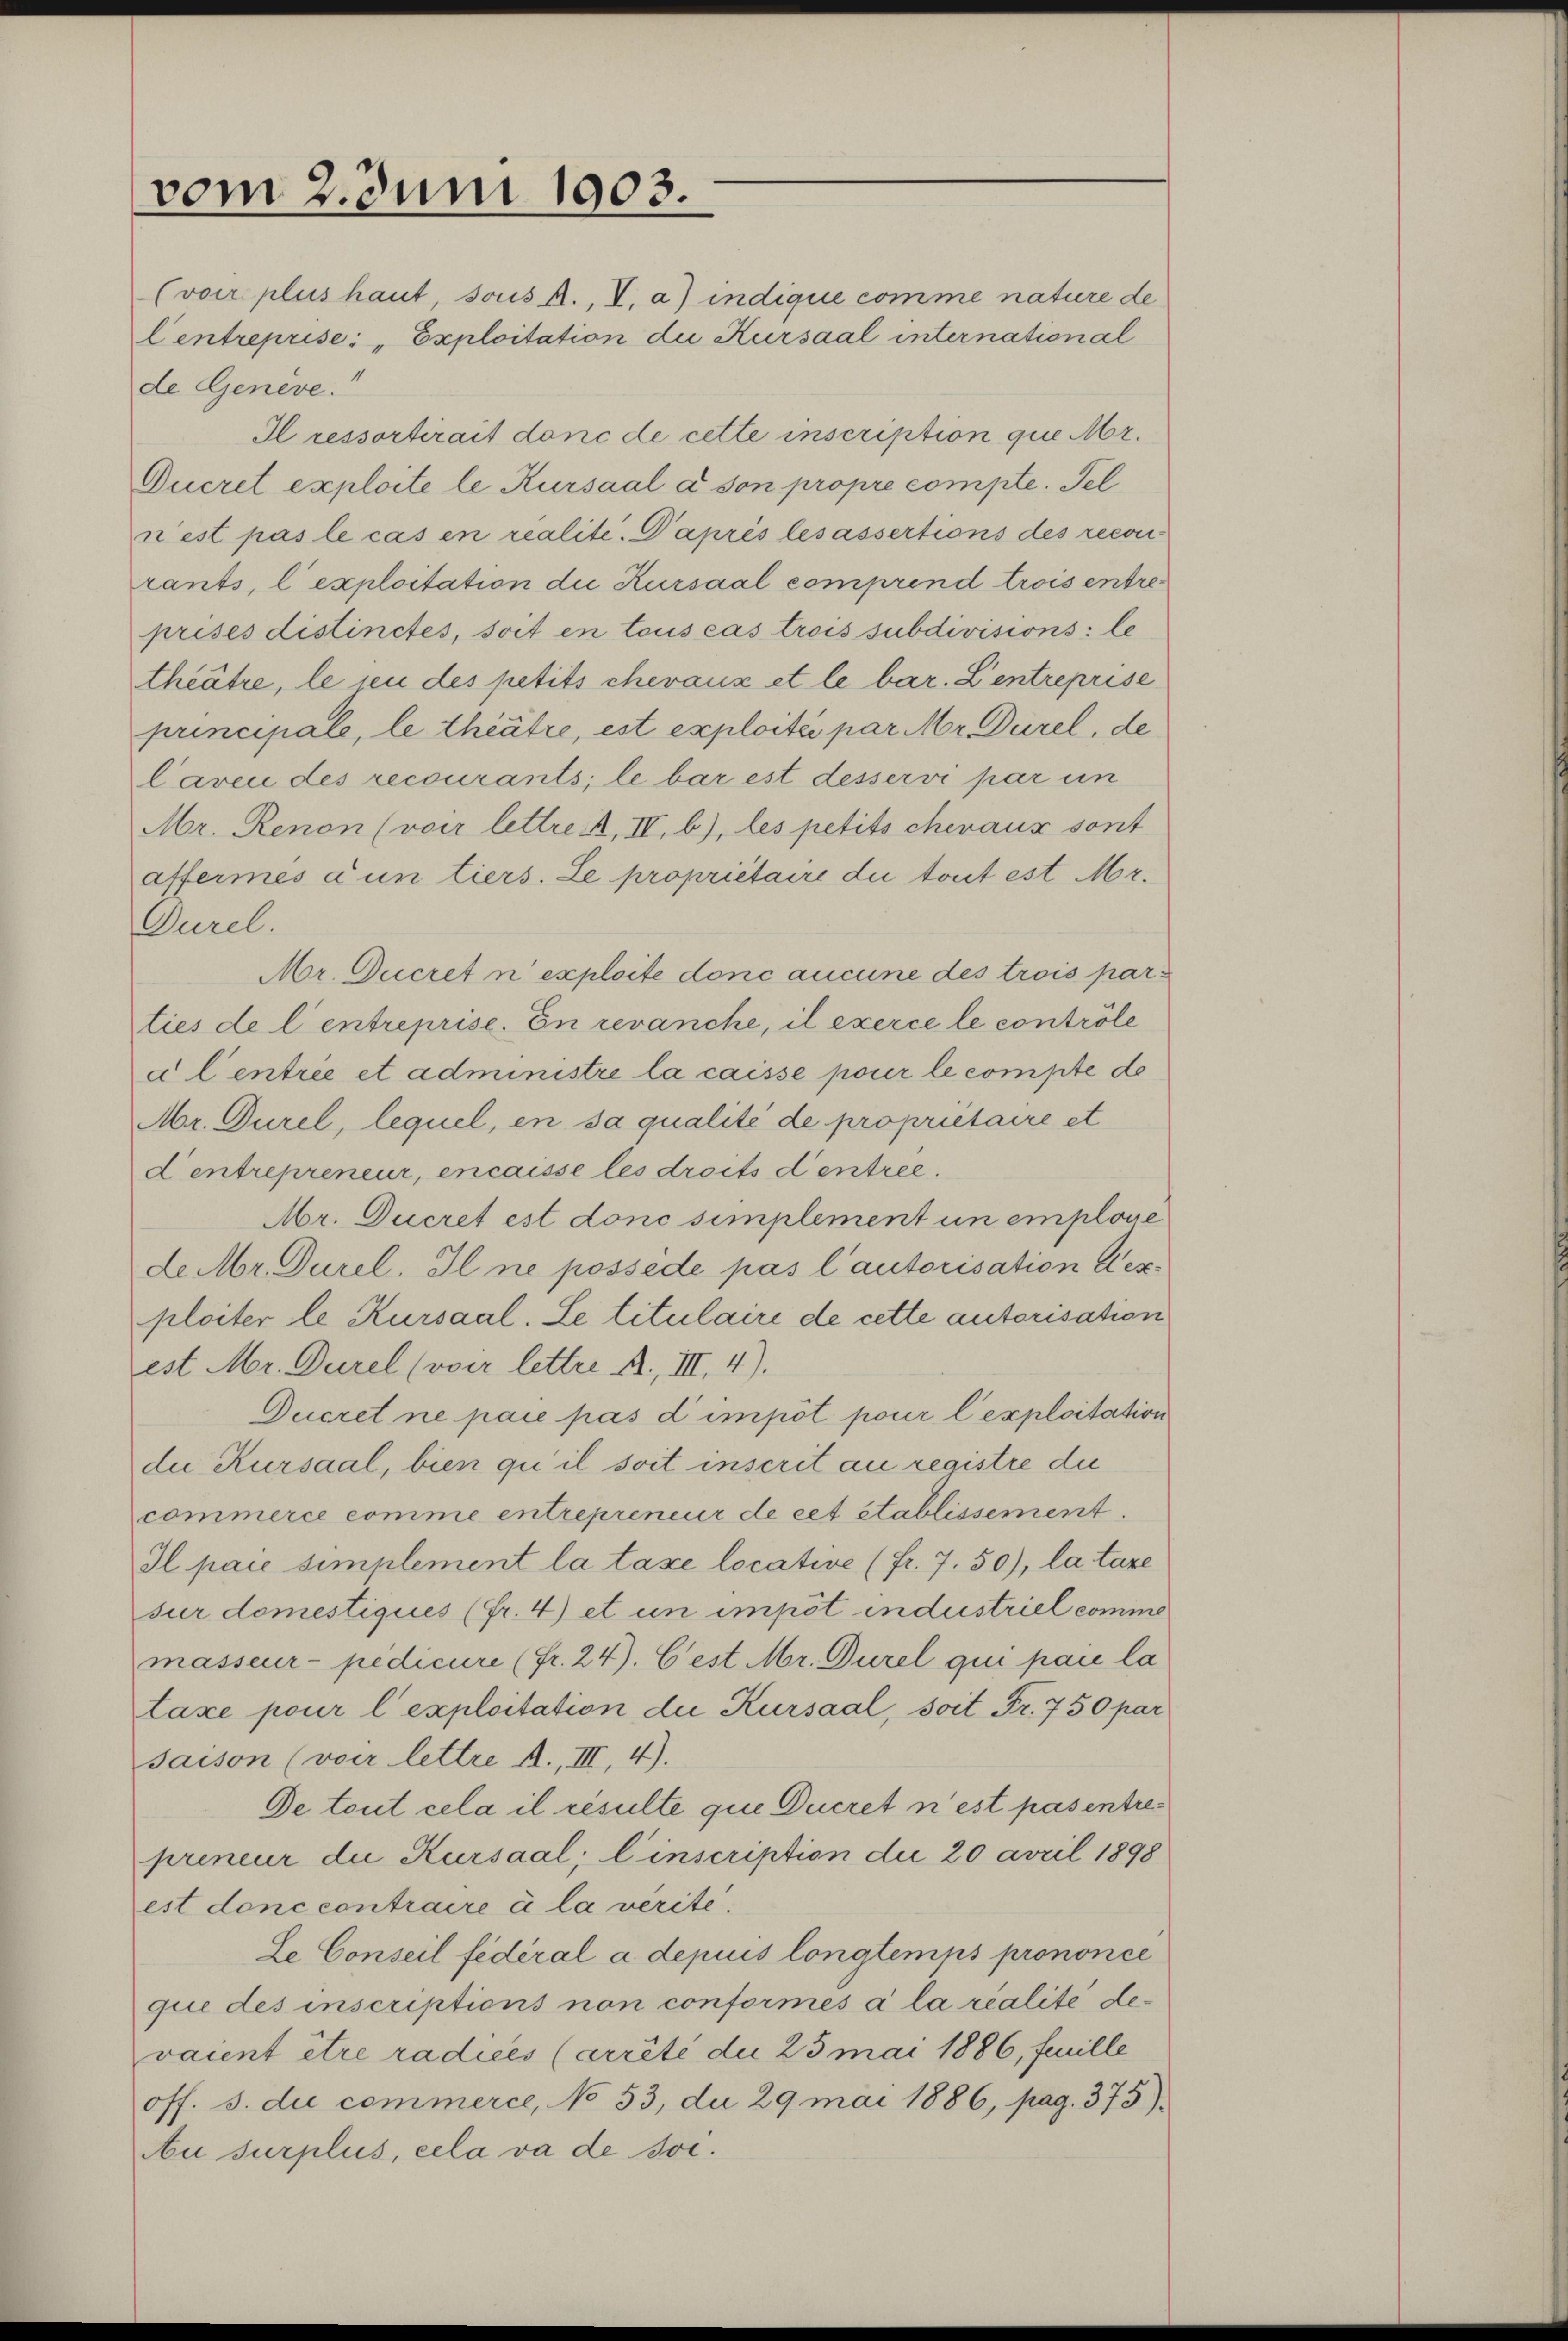
vom 2. Juni 1903.

Centreprise: „Exploitation die Kursaal international
de Geneve.“
Il ressortirait donc de cette inscription que Mr.
Ducret exploite le Kursaal à son propre compte. Fel
nest pas le cas en realite. Daprès lesassertions des recon
rants, l’exploitation die Kursaal comprend trois entre
prises distinctes, soit en tous cas trois subdivisions: le
theätre, le sei des petits chevaux et le bar. Zentreprise
principale, le thiätre, est exploité par Mr. Durel, de
laven des recourants; le bar est desservi par un
Mr. Renon (voir lettre f. IV. b), les petits chevaux sont
affermes d’un tiers. Le propriétaire du tout est Mr.
Durel.
Mr. Ducret n’ exploite donc aucune des trois par
ties de l’entreprise. In revanche, il exerce le contrôle
al entrée et administre la caisse pour le compte de
Mr. Durel, lequel, en sa qualité de proprietaire et
d entrepreneur, encaisse les droits d’entree.
Mr. Ducret est donc simplement un emploie
Le Mr. Durel. Il ne possède pas l’autorisation desploiter le Kursaal. Le titulaire de cette autorisation
est Mr. Durel (voir lettre A., III, 4).
Ducret ne paie pas dimpôt pour l’exploitation
die Kursaal, bien qu’il soit inscrit au registre die
commerce comme entrepreneur de cet établissement.
Il pace simplement la taxe locative (fr. 7. 50), la taxe
sur domestiques (fr. 4) et un impôt industriel comme
masseur- pedicire (fr. 24). C'est Mr. Durel qui par la
taxe pour l’exploitation die Kursaal, soit Fr. 750 par
saison (voir lettre A., III, 4).
De tout cela il résulte quie Ducret n’est pas entrepreneur die Kursaal; l’inscription die 20 avril 1898
est donc contraire à la verite.
Le Conseil fédéral a depuis longtemps prononce
que des inscriptions non conformés a la realite devaient être radices (arrête die 25 mai 1886, feuille
off. 3. du commerce, No 53, da 29 mai 1886, pag. 375).
Au surplus, cela va de soc.

(voir plus haut, sous A., V. a) indique comme nature de